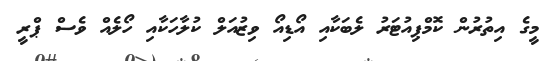
މީގެ އިތުރުން ކޮމްޕިއުޓަރު ލެބަކާއި އޯޑިއޯ ވިޒުއަލް ކުލާހަކާއި ހޯލެއް ވެސް ޕްރީ